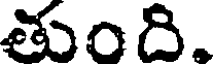
తుంది.